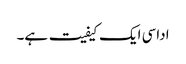
اداسی ایک کیفیت ہے۔